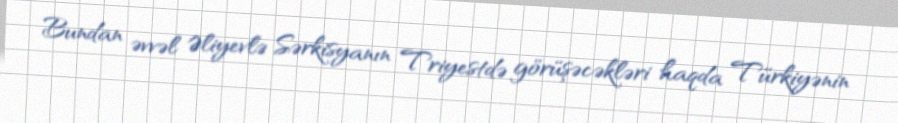
Bundan əvvəl Əliyevlə Sərkisyanın Triyestdə görüşəcəkləri haqda Türkiyənin